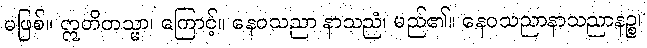
မဖြစ်။ ဣတိတသ္မာ၊ ကြောင့်။ နေဝသညာ နာသညံ၊ မည်၏။ နေဝသညာနာသညာနဉ္စ၊